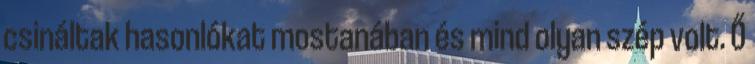
csináltak hasonlókat mostanában és mind olyan szép volt. Ő